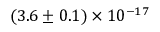
( 3 . 6 \pm 0 . 1 ) \times 1 0 ^ { - 1 7 }